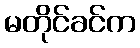
မတိုင်ခင်က